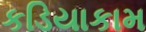
કડિયાકામ